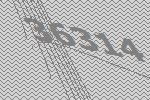
36314